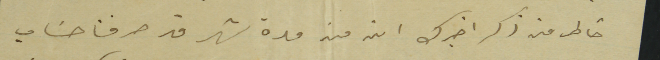
خاطر من ذكر اخبرك ان من مدة شهر قد صرفنا حسَاب